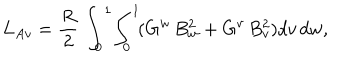
L _ { A v } = \frac { R } { 2 } \, \int _ { 0 } ^ { 1 } \! \int _ { 0 } ^ { 1 } \! ( G ^ { w } \, B _ { w } ^ { 2 } + G ^ { v } \, B _ { v } ^ { 2 } ) d v \, d w ,